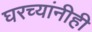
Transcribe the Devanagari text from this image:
घरच्यांनीही